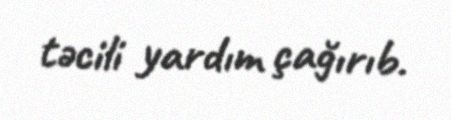
təcili yardım çağırıb.